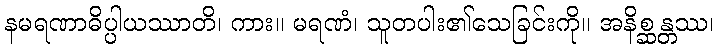
နမရဏာဓိပ္ပါယဿာတိ၊ ကား။ မရဏံ၊ သူတပါး၏သေခြင်းကို။ အနိစ္ဆန္တဿ၊